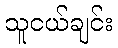
သူငယ်ချင်း